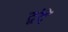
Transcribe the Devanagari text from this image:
द्वंदें